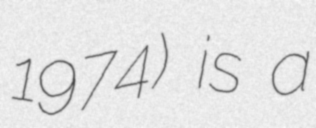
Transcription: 1974) is a